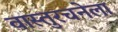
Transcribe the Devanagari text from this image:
वास्तुरचनेला